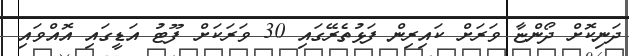
ދަނިކޮށް ދޯންޏާ ވަރަށް ކައިރިން ފަޅުތެރޭގައި 30 ވަރަކަށް ފޫޓު އަޑީގައި އޮއްވައި